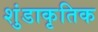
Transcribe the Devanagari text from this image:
शुंडाकृतिक